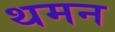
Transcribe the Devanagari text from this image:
थमन